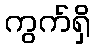
ကွက်ရှိ